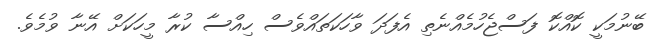
ބޭނުމަކީ ކޮއްކޮ ފަސްޖެހުމެއްނެތި އެފަދަ ވާހަކަތައްވެސް ހިއްސާ ކުރާ މީހަކަށް އޭނާ ވުމެވެ.